Eesti_Vabariigi_Tartu_Ulikool, lk 46
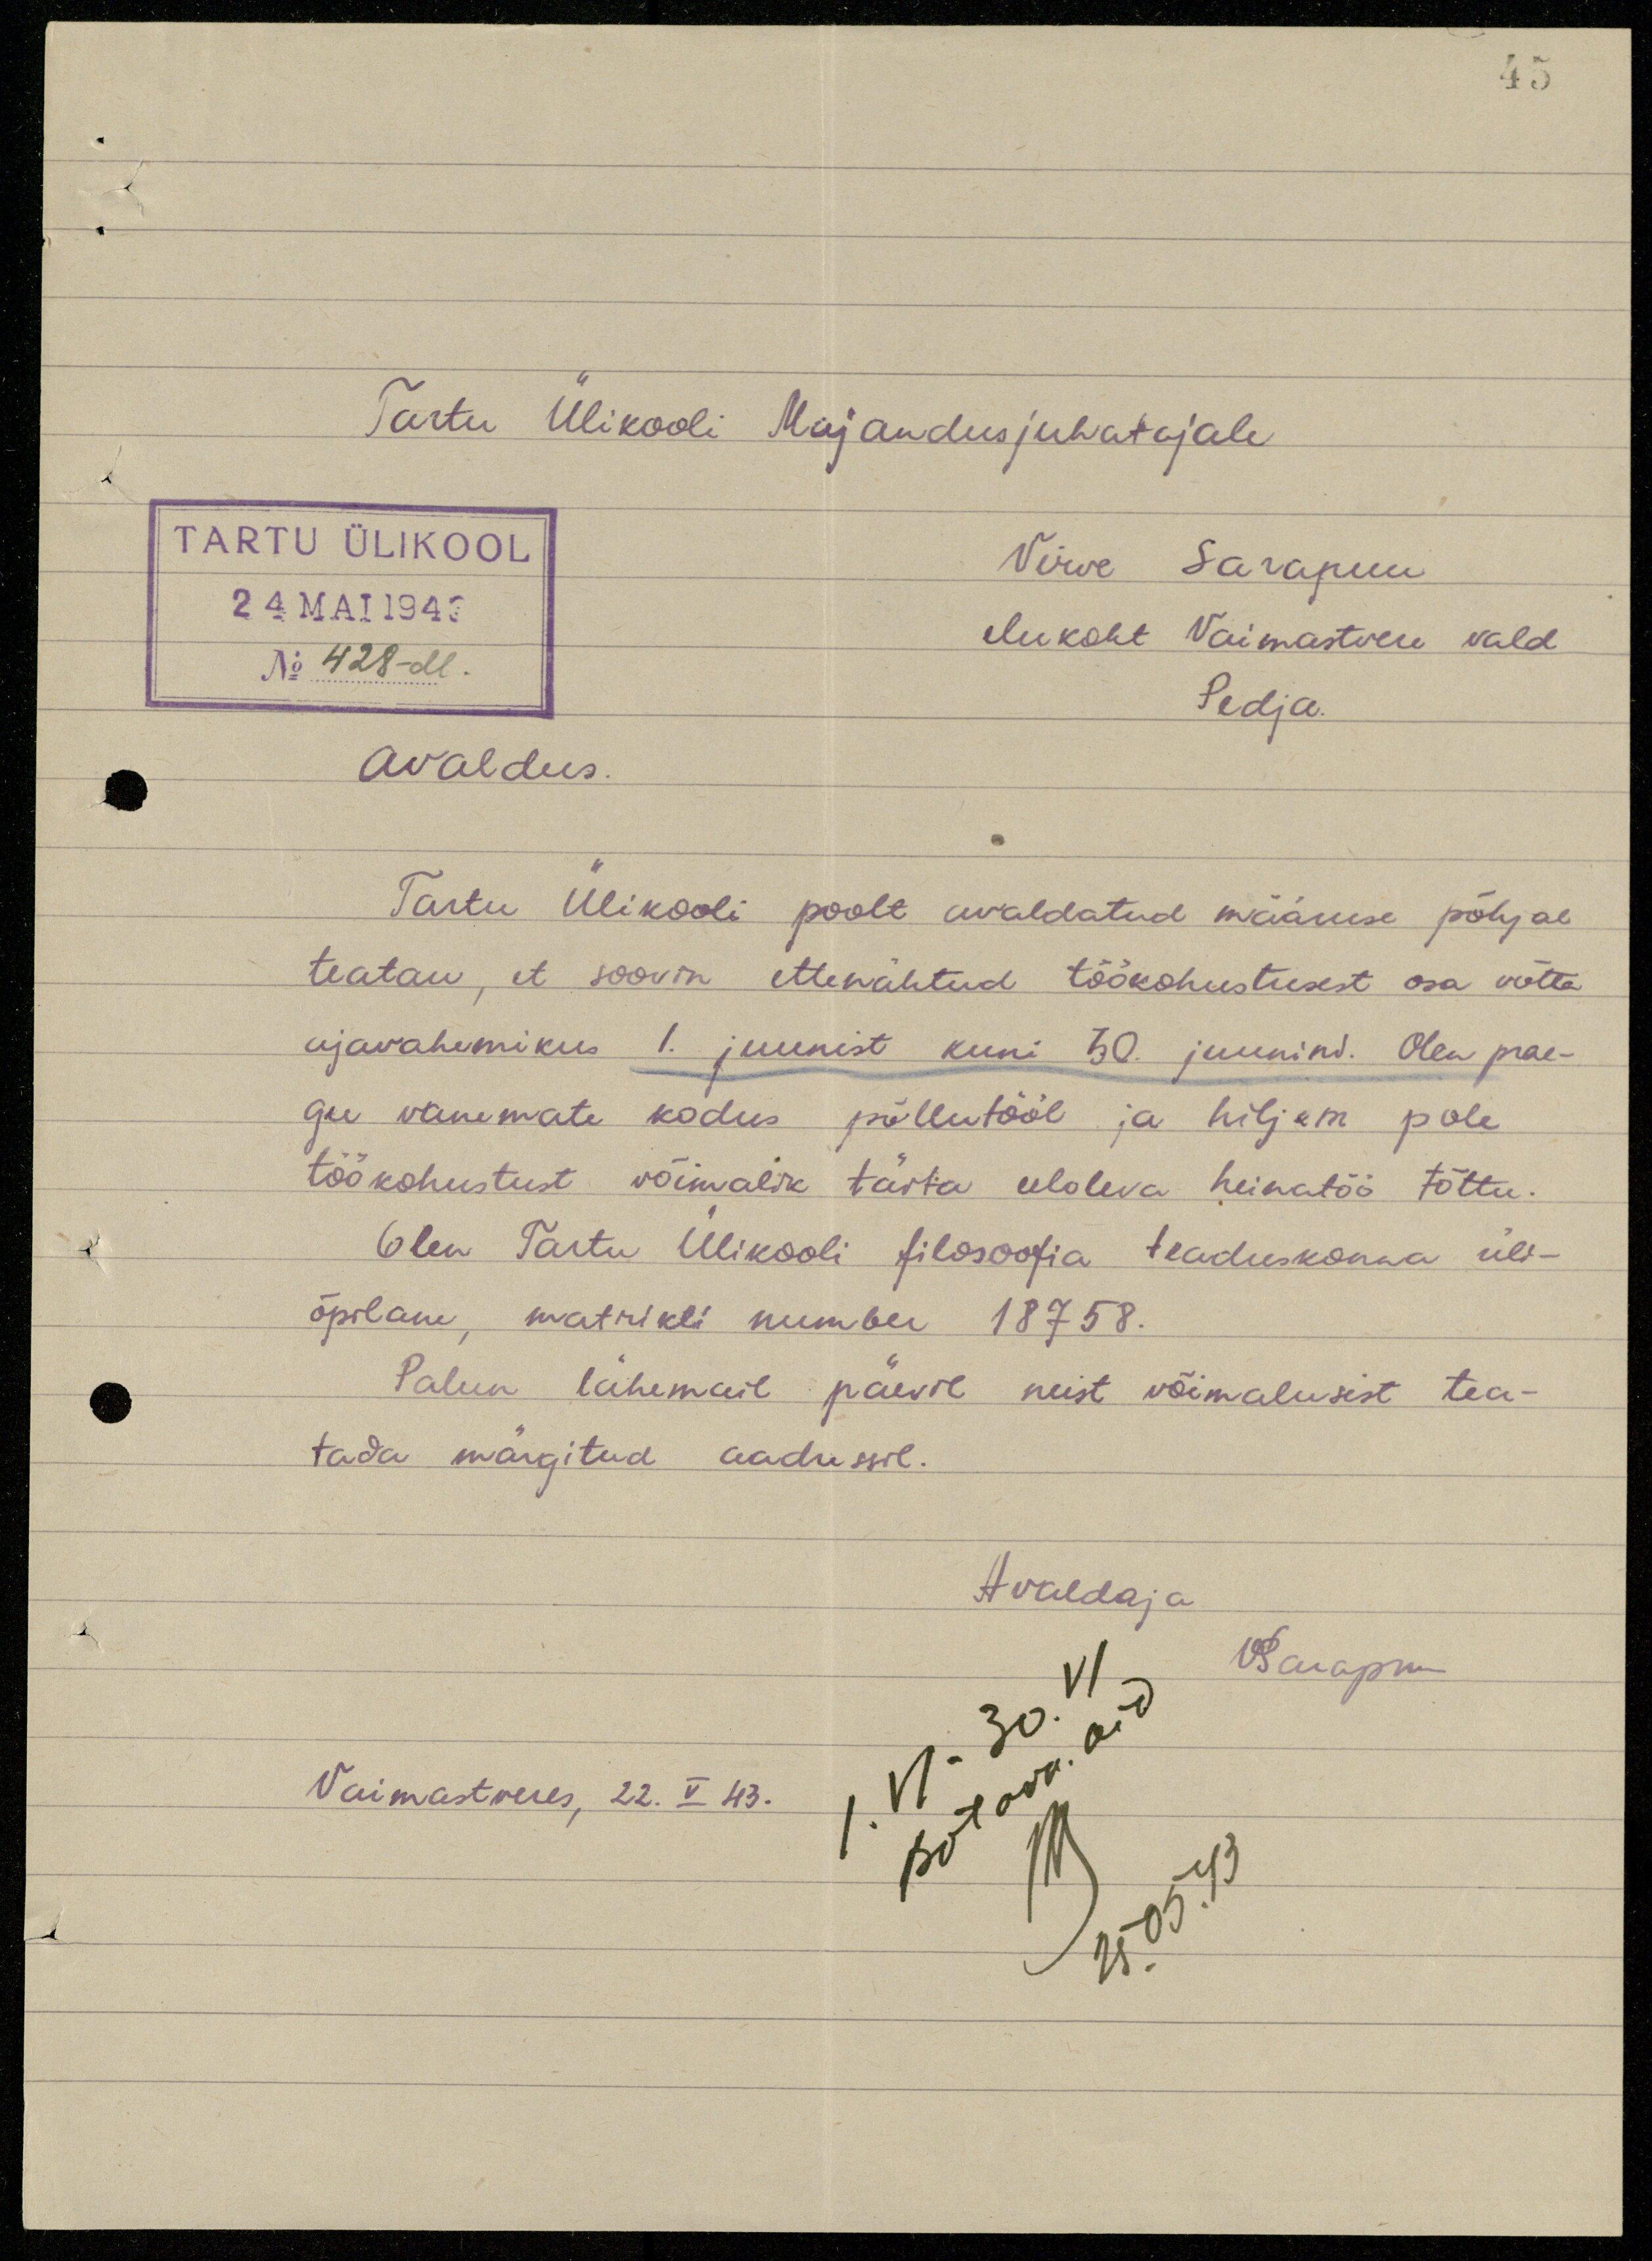
45

Tartu Ülikooli Majandusjuhatajale
TARTU ÜLIKOOL
24 MAI 1943
No 428-M.
Virve Sarapuu
elukoht Vaimastvere vald
Pedja.
Avaldus.
Tartu Ülikooli poolt avaldatud määruse põhjal
teatan, et soovin ettenähtud töökohustusest osa võtta
ajavahemikus 1. juunist kuni 30. juunini. Olen prae-
gu vanemate kodus põllutööl ja hiljem pole
töökohustust võimalik täita eeloleva heinatöö tõttu.
Olen Tartu Ülikooli filosooofia teaduskonna üli-
õpilane, matrikli number 18758.
Palun lähemail päevil neist võimalusist tea-
tada märgitud aadressil.
Avaldaja
V. Sarapuu
Vaimastveres, 22. V 43.
25.05.43